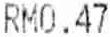
RM0.47